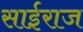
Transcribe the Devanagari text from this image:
साईराज